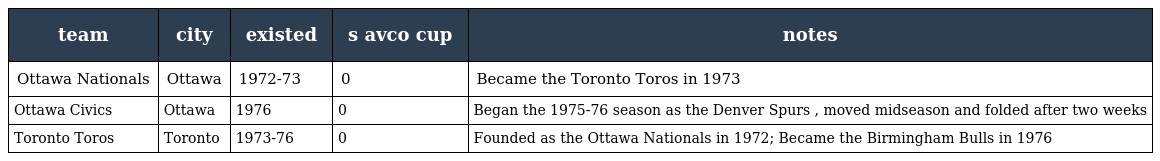
| team | city | existed | s avco cup | notes |
 | --- | --- | --- | --- | --- |
 | Ottawa Nationals | Ottawa | 1972-73 | 0 | Became the Toronto Toros in 1973 |
 | Ottawa Civics | Ottawa | 1976 | 0 | Began the 1975-76 season as the Denver Spurs , moved midseason and folded after two weeks |
 | Toronto Toros | Toronto | 1973-76 | 0 | Founded as the Ottawa Nationals in 1972; Became the Birmingham Bulls in 1976 |